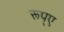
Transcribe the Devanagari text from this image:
रूप्ए